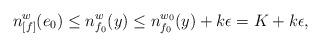
LaTeX: \begin{align*} n_{[f]}^w(e_0) \le n_{f_0}^w(y) \le n_{f_0}^{w_0}(y) + k\epsilon = K + k\epsilon, \end{align*}